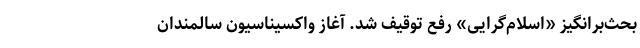
بحث‌برانگیز «اسلام‌گرایی» رفع توقیف شد. آغاز واکسیناسیون سالمندان